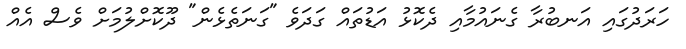
ހަރަދުގައި އަނބުރާ ގެނައުމާއި ދެކޮޅު އަޑުތައް ގަދަވެ "ގަނަތެޅެން" ދޫކޮށްލުމަށް ވެސް އެއް